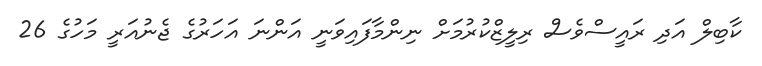
ކާބިލް އަދި ރައީސްވެސް ރިލީޒްކުރުމަށް ނިންމާފައިވަނީ އަންނަ އަހަރުގެ ޖެނުއަރީ މަހުގެ 26